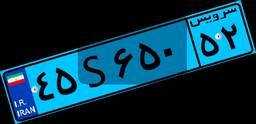
۴۹S۶۴۴۳۰